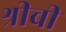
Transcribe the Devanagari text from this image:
श्रीची